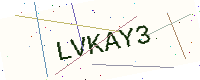
Text: LVKAY3